Report of the Municipal Commissioner on the plague in Bombay for the year ending 31st May... - Volume 1
Disease focus: Plague
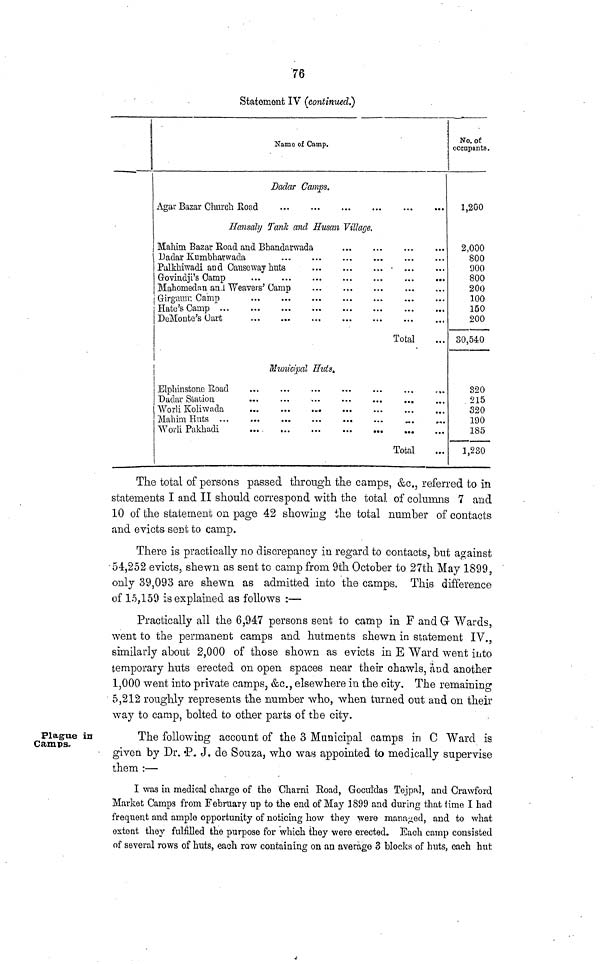
76
Statement IV (continued?)
Name of Camp.
Dadar Camps.
Agar Bazar Church Road
Hansaly Tank and Husan Village.
Mahim Bazar Road and Bhandarwada
Dadar Kumbhawada
Palkhiwadi and Causeway huts
Govindji's Camp
Mahomedan and Weavers' Camp
Girgawr Camp
Hate's Camp
DeMonte's Oart
Total
Municipal Huts*
Elphinstone
Road
.
Dadar Station
Worli Koliwada
Mahim Hnts
Worli Pakhadi
Total
No. of
occupants
1,200
2,000
800
900
800
200
100
150
200
30,540
320
215
320
190
185
1,230
The total of persons passed through the camps, &c., referred to in
statements I and II should correspond with the total of columns 7 and
10 of the statement oa page 42 showing the total number of contacts
and evicts sent to camp.
There is practically no discrepancy in regard to contacts, but against
54,252 evicts, shewn as sent to camp from 9th October to 27th May 1899,
only 39,093 are shewn as admitted into the camps. This difference
of 15,159 is explained as follows :—
Practically all the 6,947 persons sent to camp in F and G Wards,
went to the permanent camps and hutments shewn in statement IV.,
similarly about 2,000 of those shown as evicts in E Ward went into
temporary huts erected on open spaces near their chawls, and another
1,000 went into private camps, &c., elsewhere in the city. The remaining
5,212 roughly represents the number who, when turned out and on their
way to camp, bolted to other parts of the city.
Plague in
Camps.
The following account of the 3 Municipal camps in C Ward is
given by Dr. P. J. de Souza, who was appointed to medically supervise
them :—
I was in medical charge of the Charni Road, Goculdas Tejpal, and Crawford
Market Camps from February up to the end of May 1899 and during that time I had
frequent and ample opportunity of noticing how they were managed, and to what
extent they fulfilled the purpose for which they were erected. Each camp consisted
of several rows of huts, each row containing on an average 3 blocks of huts, each hut